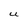
Character: U